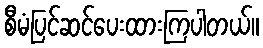
စီမံပြင်ဆင်ပေးထားကြပါတယ်။